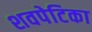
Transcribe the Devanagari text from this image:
शवपेटिका